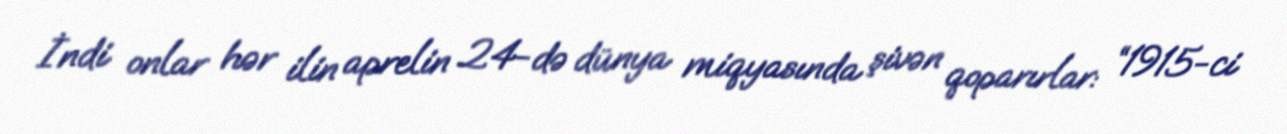
İndi onlar hər ilin aprelin 24-də dünya miqyasında şivən qoparırlar: “1915-ci